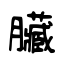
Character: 臟